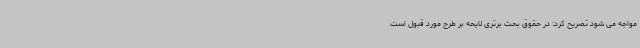
مواجه می شود تصریح کرد: در حقوق بحث برتری لایحه بر طرح مورد قبول است